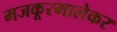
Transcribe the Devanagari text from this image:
मजकूरभालेकर